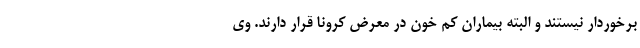
برخوردار نیستند و البته بیماران کم خون در معرض کرونا قرار دارند. وی